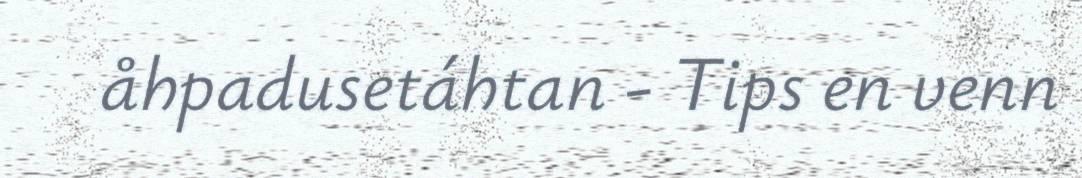
åhpadusetáhtan - Tips en venn